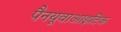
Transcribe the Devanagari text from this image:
पैनयूवाआइटिक